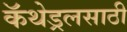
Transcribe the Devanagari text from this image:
कॅथेड्रलसाठी